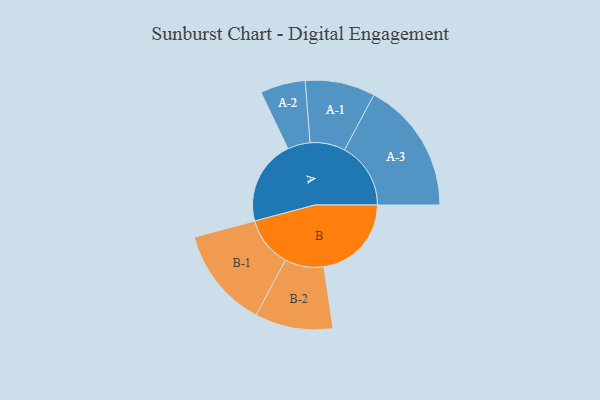
{"axis": {"x": "Segment", "y": "Value"}, "legend": ["", "A", "B"], "data": [{"x": "A", "y": 383, "type": ""}, {"x": "B", "y": 395, "type": ""}, {"x": "A-1", "y": 158, "type": "A"}, {"x": "A-2", "y": 102, "type": "A"}, {"x": "A-3", "y": 299, "type": "A"}, {"x": "B-1", "y": 227, "type": "B"}, {"x": "B-2", "y": 176, "type": "B"}]}